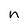
Character: n